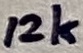
Text: 12k